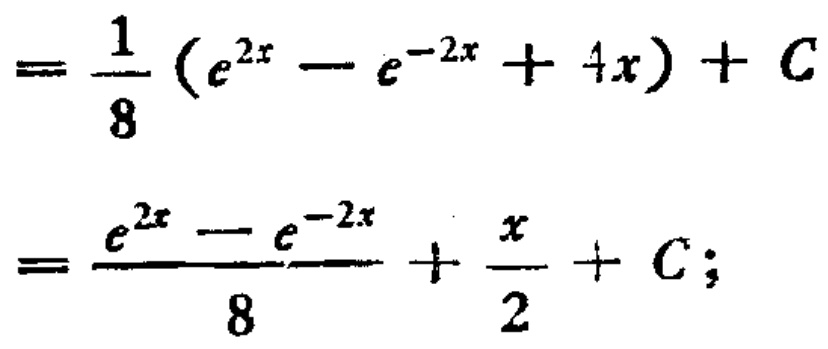
\[
=\frac{1}{8}(e^{2x}-e^{-2x}+4x)+C
\]
\[
=\frac{e^{2x}-e^{-2x}}{8}+\frac{x}{2}+C;
\]